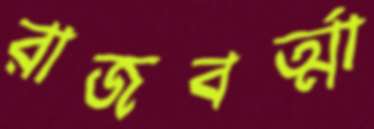
রাজবর্ত্মা